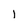
Character: l